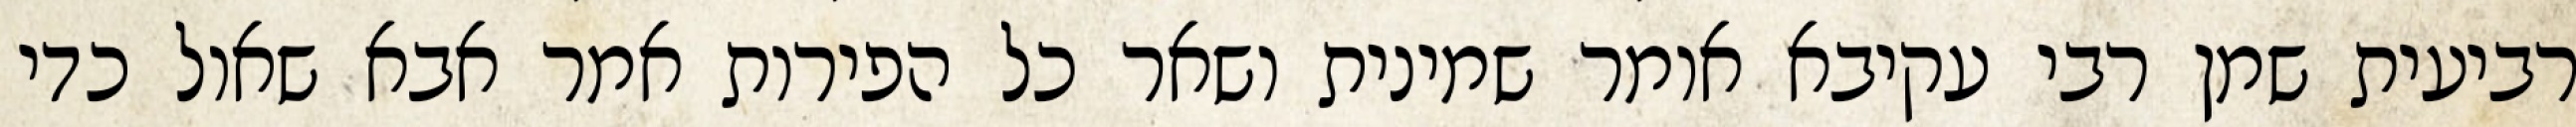
רביעית שמן רבי עקיבא אומר שמינית ושאר כל הפירות אמר אבא שאול כדי